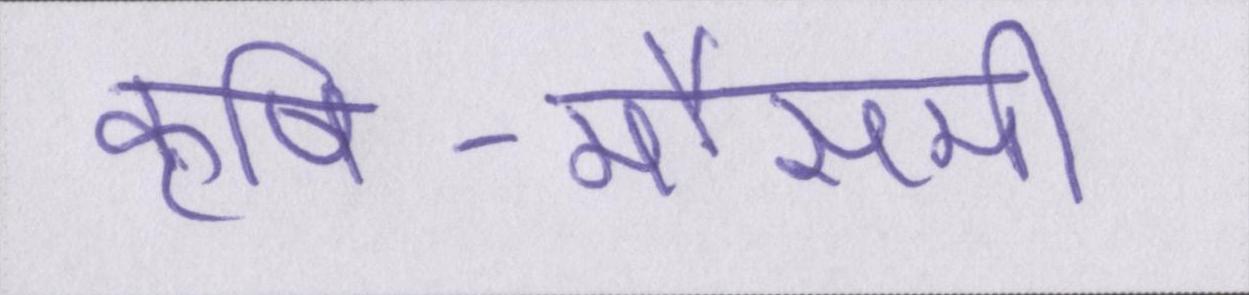
कृषि-मौसमी